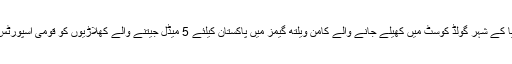
پاکستان سپورٹس بورڈ کے ترجمان کے مطابق آسٹریلیا کے شہر گولڈ کوسٹ میں کھیلے جانے والے کامن ویلتھ گیمز میں پاکستان کیلئے 5 میڈل جیتنے والے کھلاڑیوں کو قومی اسپورٹس پالیسی پر عمل کرتے ہوئے انعامات دیے جائیں گے۔